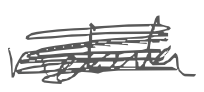
Text: nebula,
Cross-out: scratch
Writing tool: digital_gray